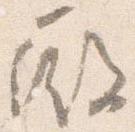
殿